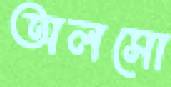
অলসো